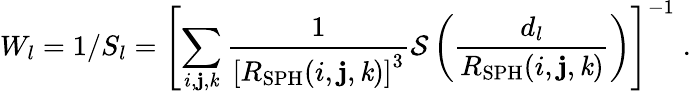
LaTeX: W_{l}=1/S_{l}=\left[\sum_{i,\mathbf{j},\mathit{k}}\frac{{1}}{{\left[R_{\mathrm{{SPH}}}(i,\mathbf{j},\mathit{k})\right]^{3}}}\mathcal{{S}}\left(\frac{{d_{l}}}{{R_{\mathrm{{SPH}}}(i,\mathbf{j},\mathit{k})}}\right)\right]^{-1}\; .